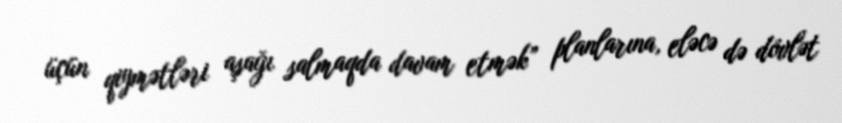
üçün qiymətləri aşağı salmaqda davam etmək” planlarına, eləcə də dövlət